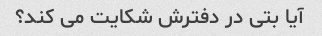
آیا بتی در دفترش شکایت می کند؟